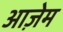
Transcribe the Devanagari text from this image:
आज़ेम